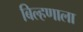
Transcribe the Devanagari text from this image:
बिल्हणाला